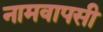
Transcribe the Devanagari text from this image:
नामवापसी